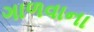
ગાળવાના